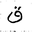
Letter: _qaf